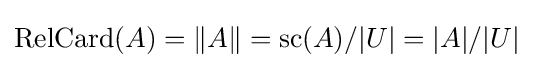
\operatorname {RelCard} (A)=\|A\|=\operatorname {sc} (A)/|U|=|A|/|U|